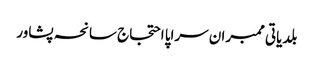
بلدیاتی ممبران سراپا احتجاج سانحہ پشاور